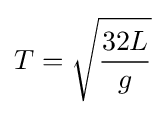
T={\sqrt {\frac {32L}{g}}}